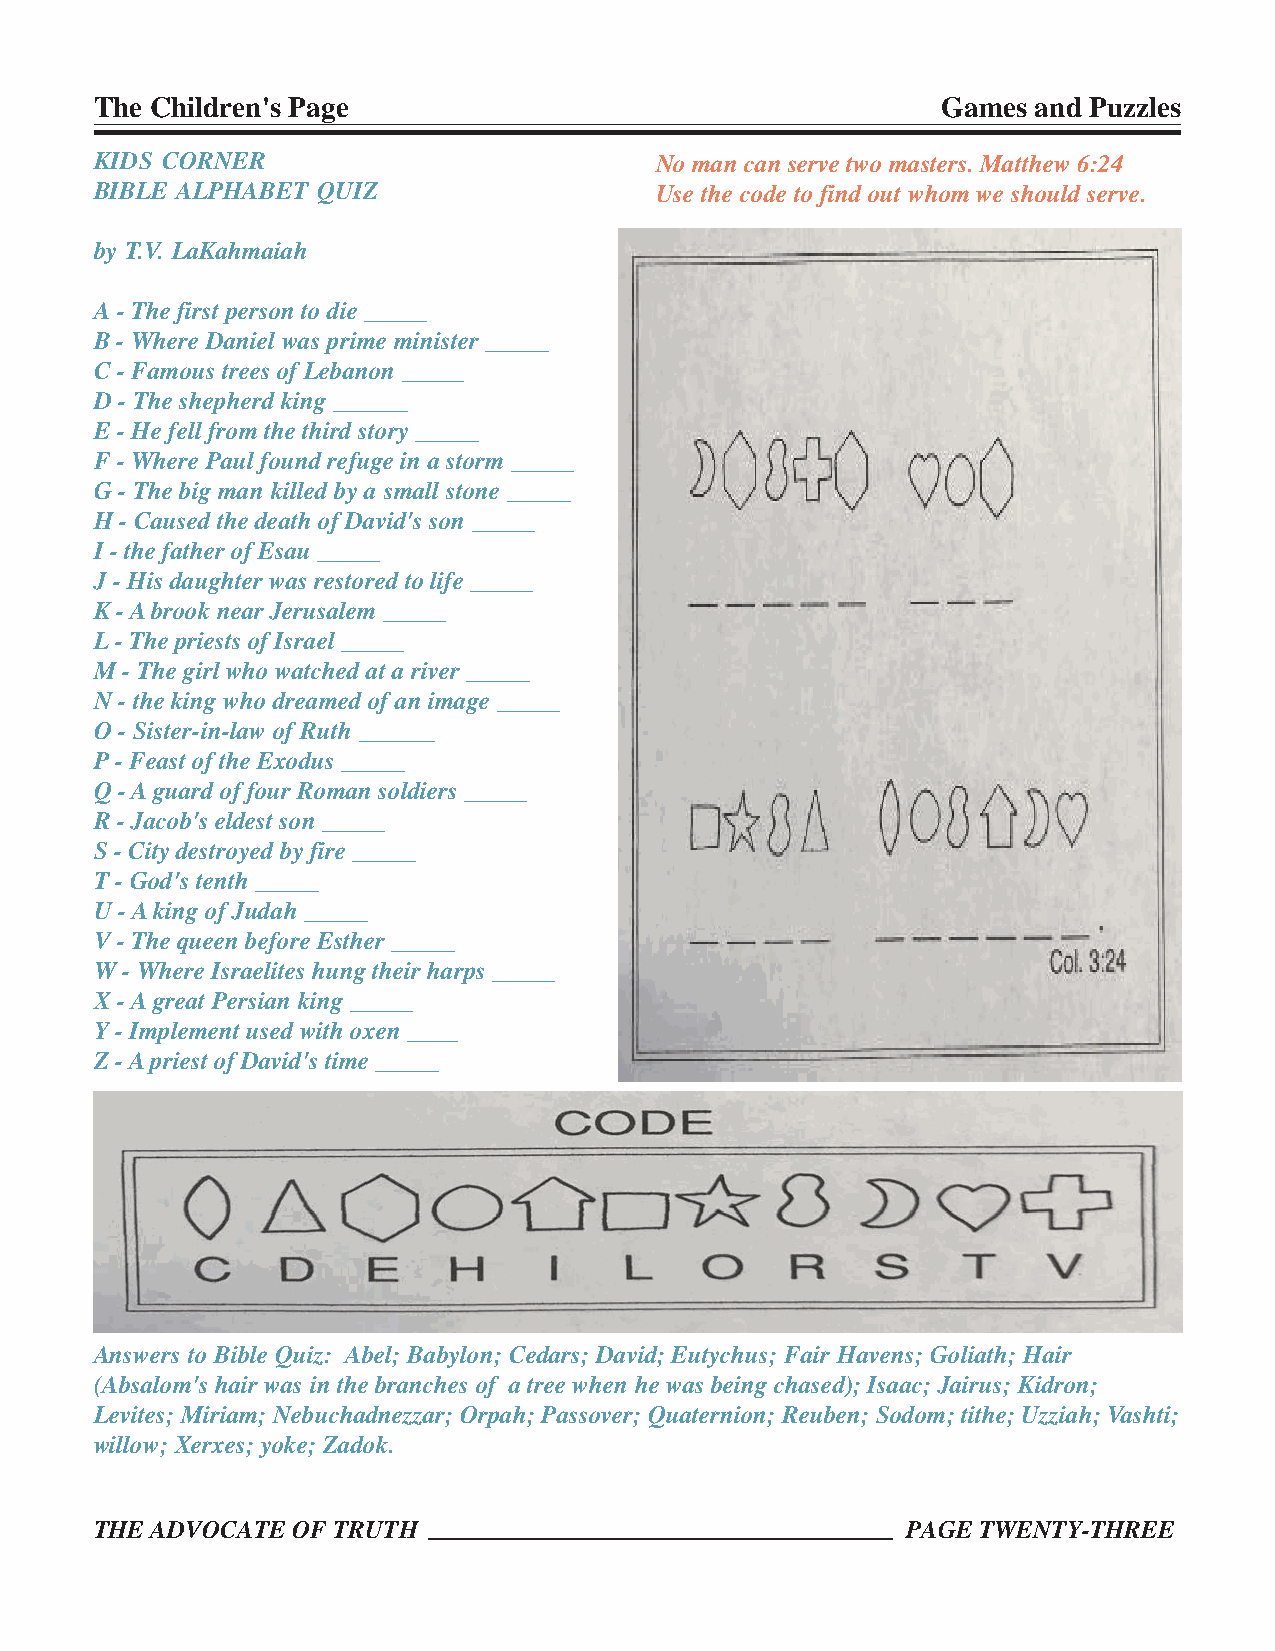
The Children's Page                                     Games  and Puzzles
 KIDS CORNER                          No man can serve two masters. Matthew 6:24
 BIBLE ALPHABET QUIZ                  Use the code to find out whom we should serve.
 by T.V. LaKahmaiah
 A - The first person to die _____
 B - Where Daniel was prime minister _____
 C - Famous trees of Lebanon _____
 D - The shepherd king ______
 E - He fell from the third story _____
 F - Where Paul found refuge in a storm _____
 G - The big man killed by a small stone _____
 H - Caused the death of David's son _____
 I - the father of Esau _____
 J - His daughter was restored to life _____
 K - A brook near Jerusalem _____
 L - The priests of Israel _____
 M - The girl who watched at a river _____
 N - the king who dreamed of an image _____
 O - Sister-in-law of Ruth ______
 P - Feast of the Exodus _____
 Q - A guard of four Roman soldiers _____
 R - Jacob's eldest son _____
 S - City destroyed by fire _____
 T - God's tenth _____
 U - A king of Judah _____
 V - The queen before Esther _____
 W - Where Israelites hung their harps _____
 X - A great Persian king _____
 Y - Implement used with oxen ____
 Z - A priest of David's time _____
 Answers to Bible Quiz: Abel; Babylon; Cedars; David; Eutychus; Fair Havens; Goliath; Hair
 (Absalom's hair was in the branches of a tree when he was being chased); Isaac; Jairus; Kidron;
 Levites; Miriam; Nebuchadnezzar; Orpah; Passover; Quaternion; Reuben; Sodom; tithe; Uzziah; Vashti;
 willow; Xerxes; yoke; Zadok.
 THE ADVOCATE OF TRUTH                                 PAGE TWENTY-THREE